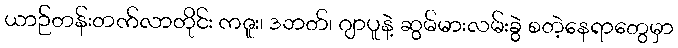
ယာဉ်တန်းတက်လာတိုင်း ကဇူး၊ ဒဘတ်၊ ဂျာပူနဲ့ ဆွမ်မားလမ်းခွဲ စတဲ့နေရာတွေမှာ